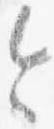
令